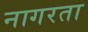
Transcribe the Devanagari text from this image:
नागरता